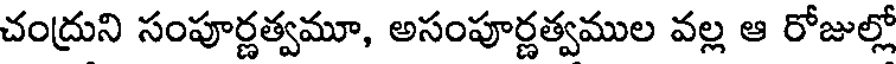
చంద్రుని సంపూర్ణత్వమూ, అసంపూర్ణత్వముల వల్ల ఆ రోజుల్లో